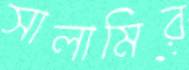
সালামির